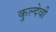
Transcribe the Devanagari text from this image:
कुल्देवी